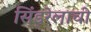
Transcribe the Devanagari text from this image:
सिंड्रेलाची